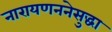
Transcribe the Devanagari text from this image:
नारायणननेसुद्धा